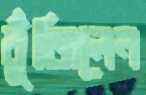
বুঁজিলেন